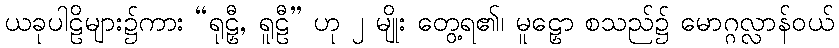
ယခုပါဠိများ၌ကား “ရုဠှီ, ရူဠီ” ဟု ၂ မျိုး တွေ့ရ၏၊ မူဠှော စသည်၌ မောဂ္ဂလ္လာန်ဝယ်